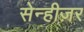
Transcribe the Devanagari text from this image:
सेन्हीज़र